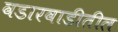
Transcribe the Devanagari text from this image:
वडारवाडीतील